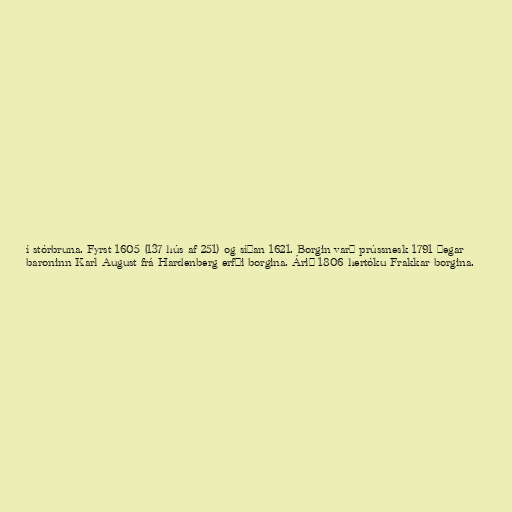
í stórbruna. Fyrst 1605 (137 hús af 251) og síðan 1621. Borgin varð prússnesk 1791 þegar
baroninn Karl August frá Hardenberg erfði borgina. Árið 1806 hertóku Frakkar borgina.